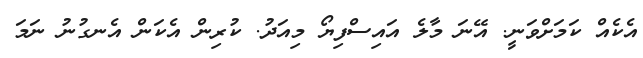
އެކެއް ކަމަށްވަނީ. އޭނަ މާލެ އައިސްފިޔޯ މިއަދު. ކުރިން އެކަން އެނގުނު ނަމަ